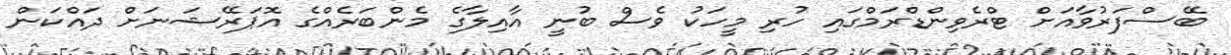
ބޭސްފަރުވާއަށް ޓްރެވިންޑްރަމްގައި ހުރި މީހަކު ވެސް ބުނީ އާއިލާގެ މެންބަރެއްގެ އޮޕަރޭޝަނަށް ދައްކަން